Kolga_vallavalitsus, lk 26
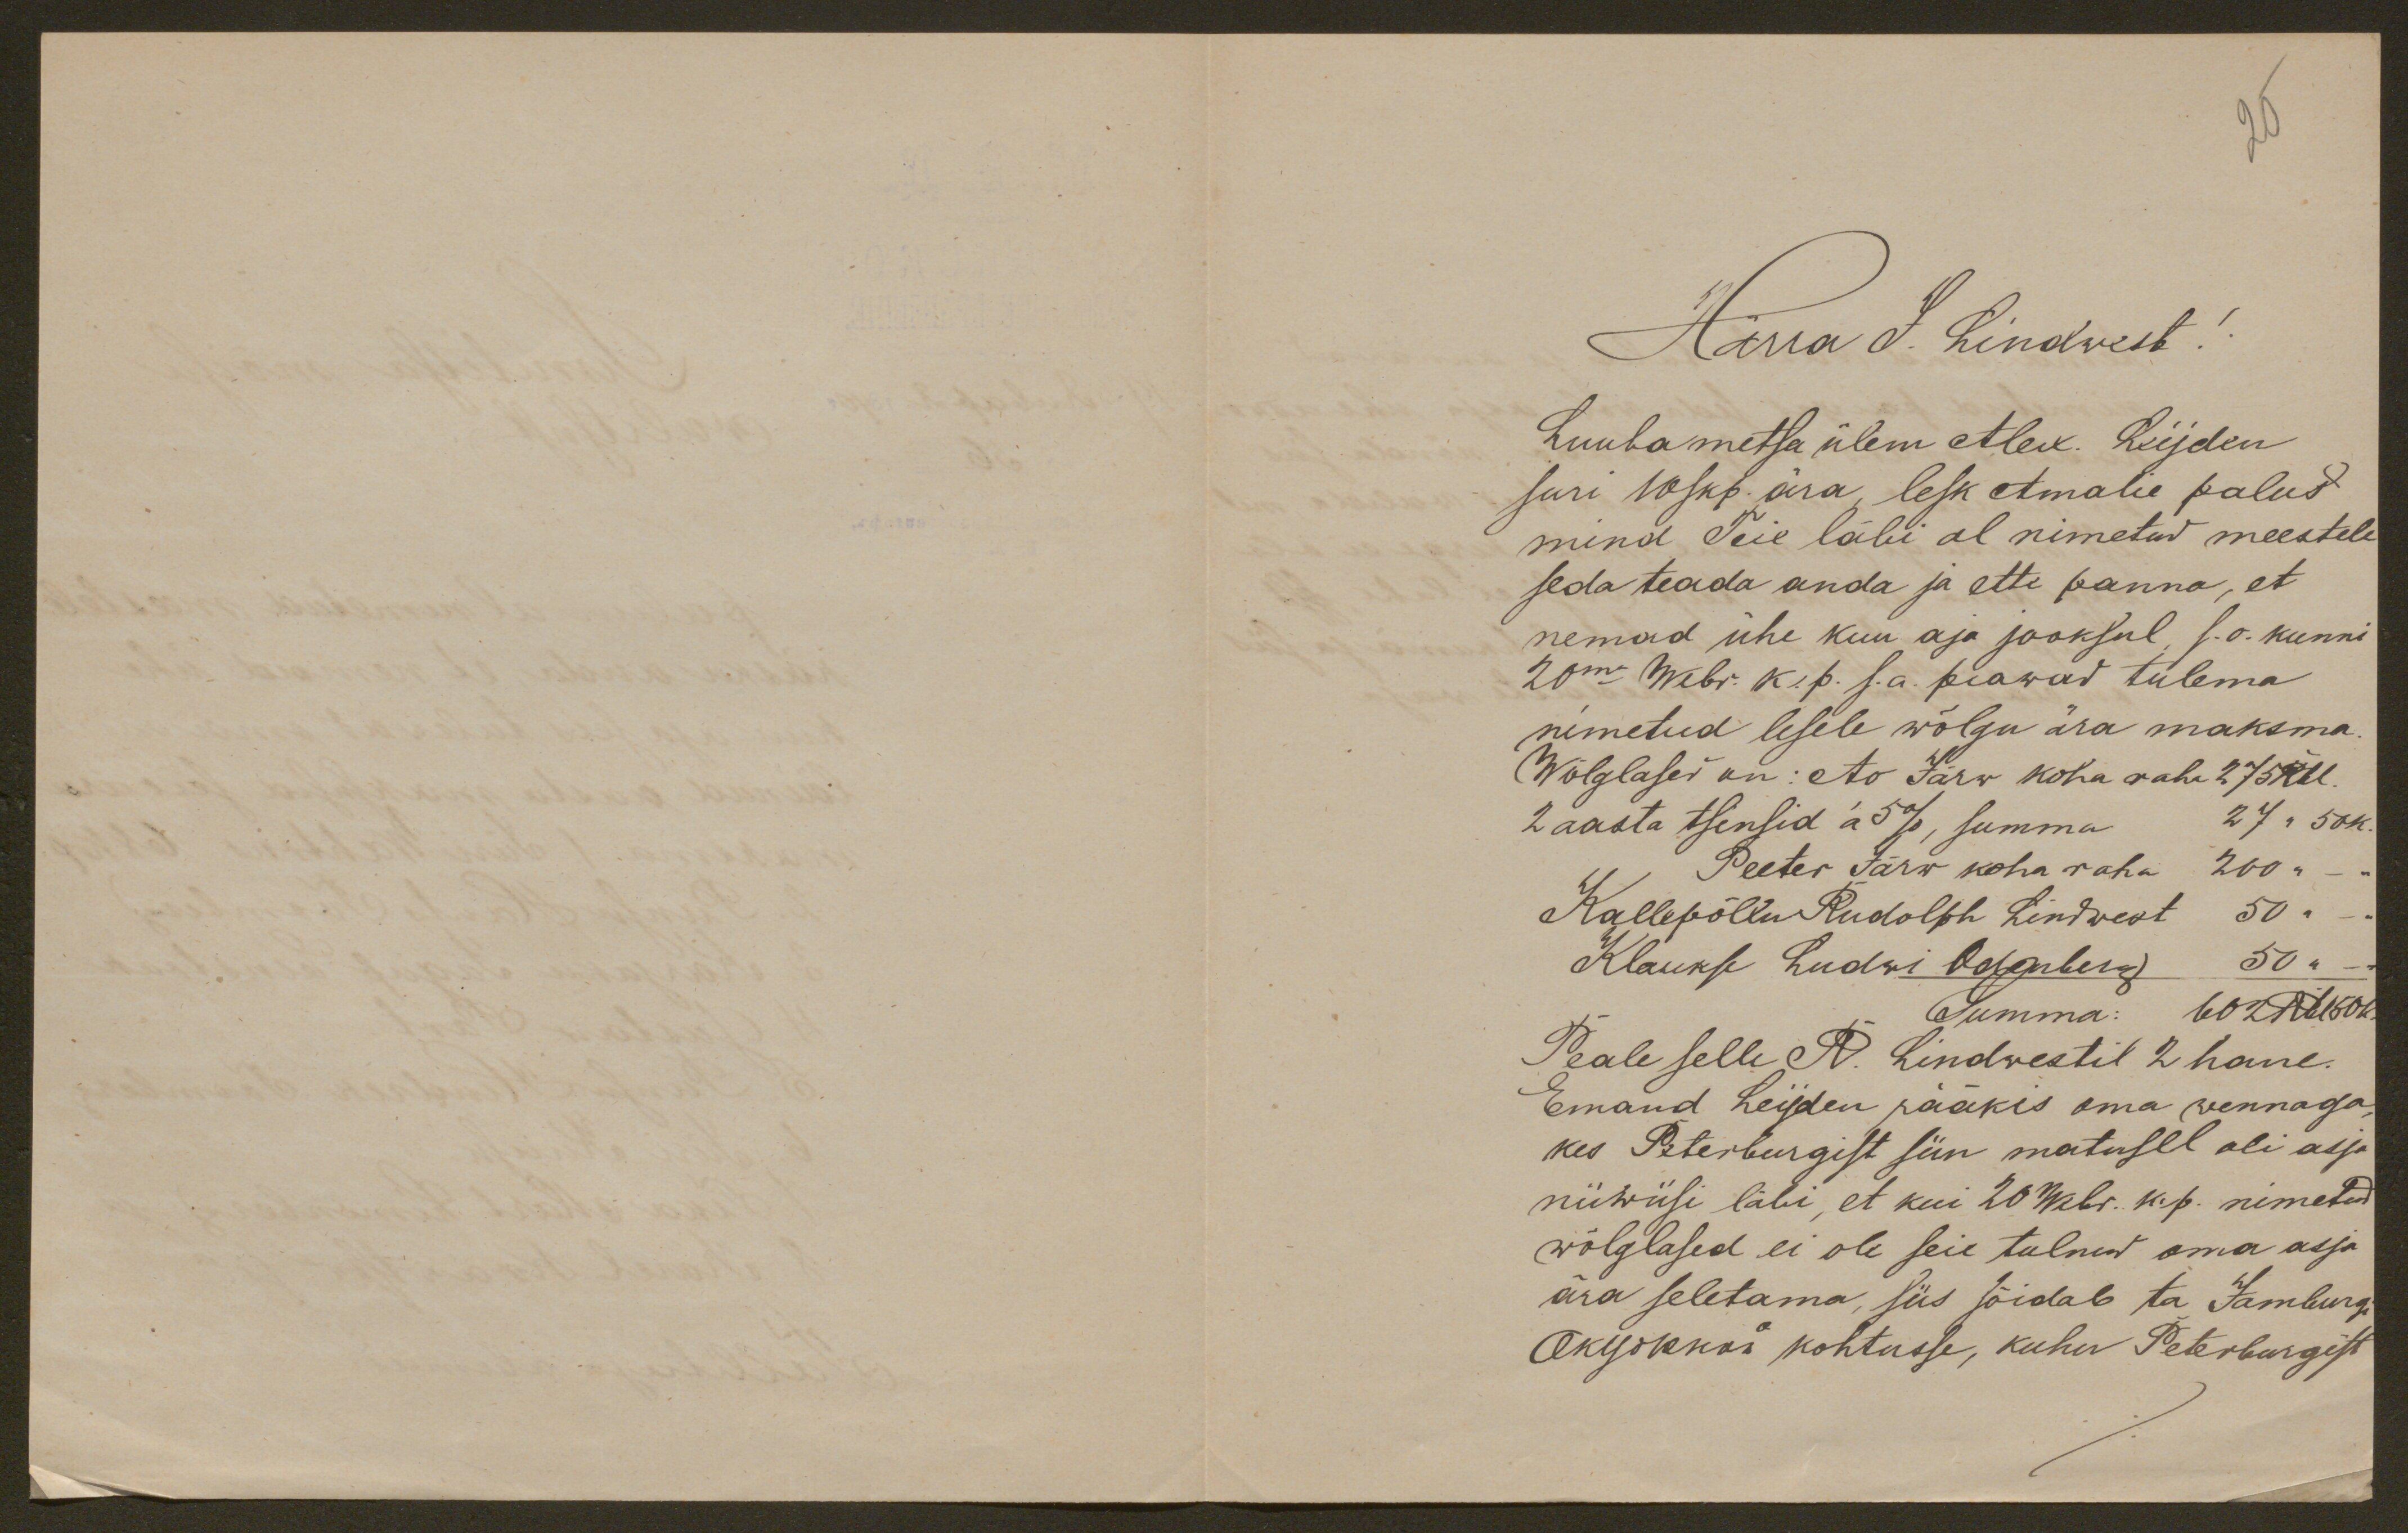
26
Härra J. Lindwest!
Luubametsa ülem Alex. Lijden
suri 10 skp. ära, lesk Amalie palus
mind Teie läbi al nimetud meestele
seda teada anda ja ette panna, et
nemad ühe kuu aja jooksul, s.o. kunni
20ma Webr. k. p. s.a. peawad tulema
nimetud lesele wõlgu ära maksma
Wõlglased on: Ao Järw koha raha 275 Rbl
2 aasta tsinsid á 5 %, summa 27 " 50 k.
Peeter Järw koha raha 200 "
Kallepõllu Rudolph Lindwest 50 "
Klaukse Ludwi Odenberg 50 "
Summa: 602 Rbl 50 k.
Peale selle R. Lindwestil 2 hane.
Emand Leijden rääkis oma wennaga,
kes Peterburgist siin matusel oli asja
niiwiisi läbi, et kui 20 Webr. k.p. nimetud
wõlglased ei ole seie tulnud oma asja
ära seletama, siis sõidab ta Jamburgi
Okijokkoi kohtusse, kuhu Peterburgist